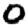
Digit: 0